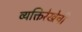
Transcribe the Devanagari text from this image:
व्यक्तिरेखेची